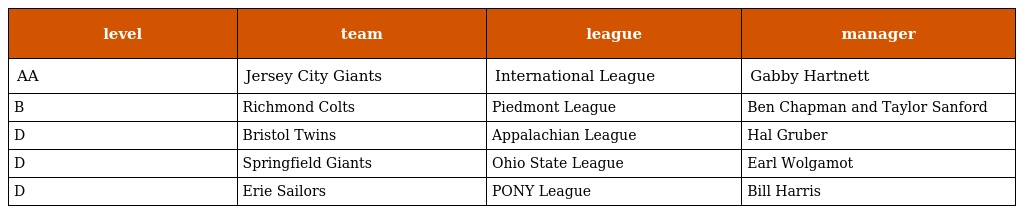
| level | team | league | manager |
 | --- | --- | --- | --- |
 | AA | Jersey City Giants | International League | Gabby Hartnett |
 | B | Richmond Colts | Piedmont League | Ben Chapman and Taylor Sanford |
 | D | Bristol Twins | Appalachian League | Hal Gruber |
 | D | Springfield Giants | Ohio State League | Earl Wolgamot |
 | D | Erie Sailors | PONY League | Bill Harris |